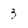
Character: 3